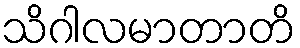
သိဂါလမာတာတိ